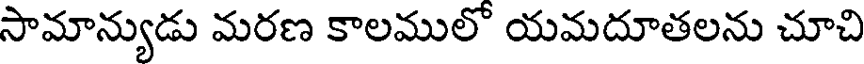
సామాన్యుడు మరణ కాలములో యమదూతలను చూచి